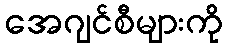
အေဂျင်စီများကို